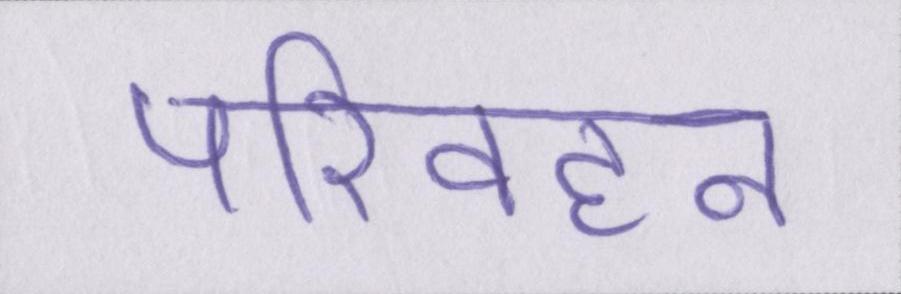
परिवहन